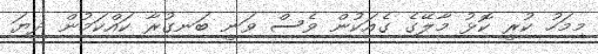
މިމަހު ކުރީ ކޮޅު މާލޭގެ ގެއަކުން ވެސް ވަނީ ބަނގުރާ ކައްކަމުން ދިޔަ